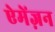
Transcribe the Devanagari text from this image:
ऐमेंज़न